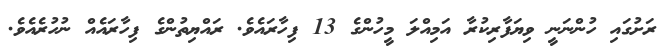
ރަށުގައި ހުންނަނީ ވިޔަފާރިކުރާ އަމިއްލަ މީހުންގެ 13 ފިހާރައެވެ. ރައްޔިތުންގެ ފިހާރައެއް ނުހުރެއެވެ.